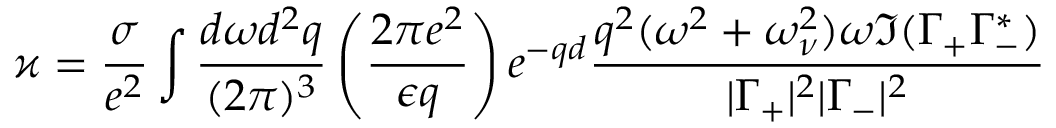
\varkappa = \frac { \sigma } { e ^ { 2 } } \int \frac { d \omega d ^ { 2 } q } { ( 2 \pi ) ^ { 3 } } \left( \frac { 2 \pi e ^ { 2 } } { \epsilon q } \right) e ^ { - q d } \frac { q ^ { 2 } ( \omega ^ { 2 } + \omega _ { \nu } ^ { 2 } ) \omega \Im ( \Gamma _ { + } \Gamma _ { - } ^ { * } ) } { | \Gamma _ { + } | ^ { 2 } | \Gamma _ { - } | ^ { 2 } }